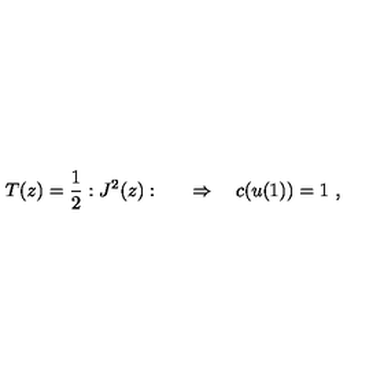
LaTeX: T ( z ) = { \frac { 1 } { 2 } } : J ^ { 2 } ( z ) : \qquad \Rightarrow \quad c ( u ( 1 ) ) = 1 \ ,